system: You are a helpful assistant.
user:
Analyze the provided spectrum to determine if it is a **M-type Giant (gM)**.

A M-type Giant spectrum is defined by its **strong molecular absorption** features, particularly from **Titanium Oxide (TiO)**. You must check for one of the following mutually exclusive signatures:

- **Key Visual Indicators (Absorption-Dominated Spectrum):**

    - **(Primary):** The spectrum is dominated by strong molecular absorption from **Titanium Oxide (TiO)**. This is the **defining feature** of its M-type temperature class.
        - **(Key Bandheads):** Look for sharp, "saw-tooth" absorption valleys. The strongest are located near **~7050 Å**, **~6160 Å**, and **~5170 Å**.
        - **(Line Profile):** The "saw-tooth" morphology is critical: a **sharp, steep drop on the BLUE (short-wavelength) side** of the bandhead, followed by a gradual recovery (rising flux) towards the RED (long-wavelength) side.

    - **(Key Confirmation - Giant vs. Dwarf):** **ABSENCE** of strong **Calcium Hydride (CaH)** molecular bands. This is the primary diagnostic for *excluding* M-dwarfs.
        - **(Key Region):** The spectrum should lack the strong, broad absorption band seen in dwarfs between **~6800 Å and ~7000 Å**.

    - **(Secondary Confirmation - Giant):** A very strong and broad **Neutral Calcium (Ca I)** atomic absorption line.
        - **(Key Line):** Located at **~4226 Å**. In a giant (gM), this line is significantly deeper and broader than the same line in an M-dwarf (dM) due to low surface gravity.

    - **(Overall Spectrum):**
        - The continuum is **extremely red-sloping** (i.e., flux is very low in the blue and rises dramatically towards the red).
        - The entire spectrum appears "chopped up" by the deep TiO bands.

Think first, call **spectral_visualization_tool** if needed to examine features in detail, then provide your final answer. Your response must adhere to the following strict rules:
1.  **Overall Structure:** Your response must follow the format `<think>...</think> <tool_call>...</tool_call> (if a tool is used) <answer>...</answer>`.
2.  **Tool Usage Constraint:** You may only make **one** tool call per turn.
3.  **Final Answer Format:** In the `<answer>` tag, your conclusion must be inside a `\boxed{}` command (e.g., `\boxed{YES}` or `\boxed{NO}`), followed by your justification.

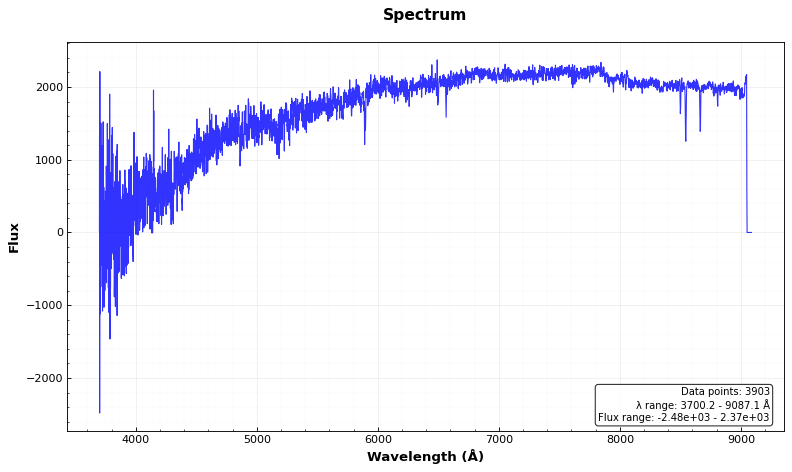
Answer: NO